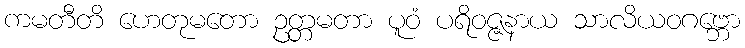
ကမတီတိ ဟေတုမတော ဥတ္တမတာ ပူဝံ ပရိဝဇ္ဇနာယ သာလိယဝဂဗ္ဘော